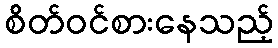
စိတ်ဝင်စားနေသည့်